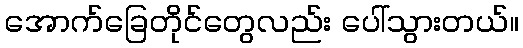
အောက်ခြေတိုင်တွေလည်း ပေါ်သွားတယ်။